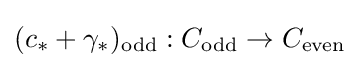
(c_{*}+\gamma _{*})_{\mathrm {odd} }:C_{\mathrm {odd} }\to C_{\mathrm {even} }